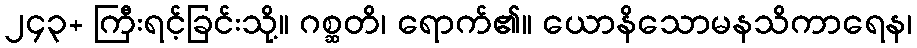
၂၄၃+ ကြီးရင့်ခြင်းသို့။ ဂစ္ဆတိ၊ ရောက်၏။ ယောနိသောမနသိကာရေန၊